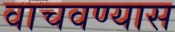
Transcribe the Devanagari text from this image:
वाचवण्यास